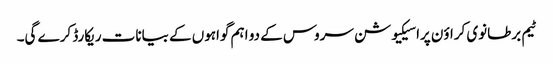
ٹیم برطانوی کراؤن پراسیکیوشن سروس کے دو اہم گواہوں کے بیانات ریکارڈ کرے گی۔